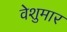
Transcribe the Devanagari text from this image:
वेशुमार